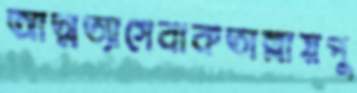
আত্মত্যাগেবাকতাল্লায়পু